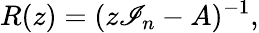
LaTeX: R(z)=(z\mathscr{I}_{n}-A)^{-1},